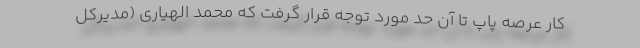
کار عرصه پاپ تا آن حد مورد توجه قرار گرفت که محمد الهیاری (مدیرکل